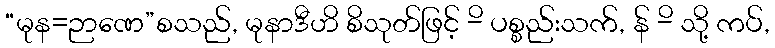
“မုန=ဉာဏေ”စသည်, မုနာဒီဟိ စိသုတ်ဖြင့် -ိ ပစ္စည်းသက်, န် -ိ သို့ ကပ်,